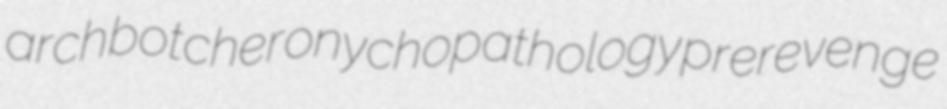
archbotcher onychopathology prerevenge